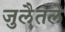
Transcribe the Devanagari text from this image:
जुलैतले